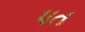
પત